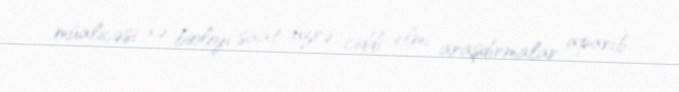
müalicəsi və bioloji saat üzrə ciddi elmi araşdırmalar aparıb.